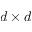
d \times d